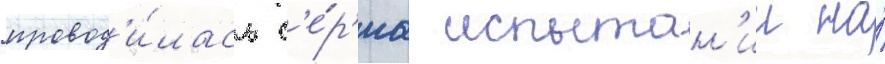
провод'и́лась с'е́р'иа испытан'ии на́